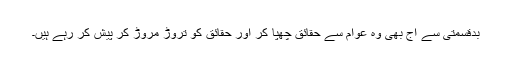
بدقسمتی سے آج بھی وہ عوام سے حقائق چھپا کر اور حقائق کو تروڑ مروڑ کر پیش کر رہے ہیں۔